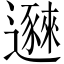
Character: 𬩥